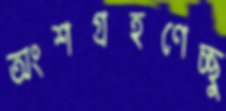
অংশগ্রহণেচ্ছু